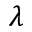
\lambda